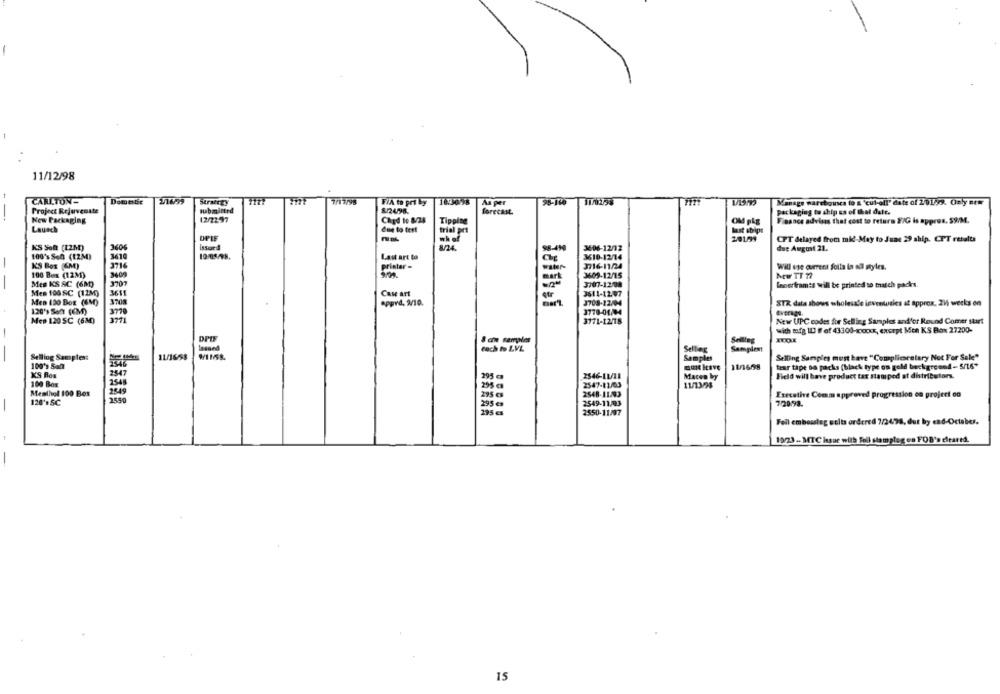
11/12/98
CARLTON-
Domestic
Strategy
FiA to pri by
As per
Manage warehouses to & 'cul-all' date of 2/01/2. Only new
--
Project Rejuvenate
submitted
82498.
forecast
Packaging to ship es of that date.
New Packaging
12/2237
Chod to 8/28
Tipping
Finance advises that cost to return E/G is approx. 59/M.
Launch
due to test
last sbips
OPIE
20191
CPT delayed from mid-May to June 29 ship. CPT retalta
KS Soft (12M)
8-4N
3606-12/12
due August 21.
100's Son (12M)
Last art to
3610-12/14
KS Box (4M)
3716
printer -
Will use current folla in all styles.
100 Bes (12M)
3409
3609-12/15
NEW TT 77
Mes KS SC (6M)
3795
Innerfram:s will be printed so thatch packs.
Mes 100 SC (12M)
Case art
3611
3611-12:07
Men 100 BOE (6M)
STOR
Apprd, 2/10.
3708-12754
STR data shows wholesale invenwales at approx. 21 weeks on
120's Soft (CM)
Average,
370
New UPC codes for Selling Samples and'or Round Comer start
Mep 120 SC (630)
3771-12/18
with mfg 10 # ef 43300-xxxxxx, except Men KS Box 27200-
& cin camples
roch to LVL
Samplest
Selling Samples:
11/16/8
Samples
Selling Samples must have "Complicaestary Not For Sale"
100's Salt
11/1668
tear tape sa packs (black type on gold beckgreend- 5/16"
XS Ros
2547
Field will have product tax stamped at distributors.
2546-11/11
Macen by
100 Box
295.
2547-12/03
11/13/98
Menthol 100 Box
2549
Executive Comm approved progression on project on
120's SC
2550
2549-11/03
7 20.93.
295
195
Fell embosslag units ordered 7/24/98, dut by end-October.
19/23- MTC issue with fell stampleg en FOB's cleared.
15